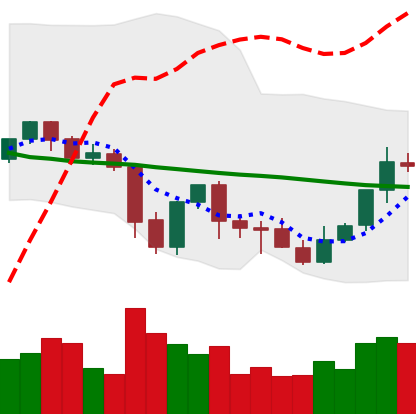
Ticker: XLM-USD
Chart end date: 2021-10-03
Forward return: 6.574%
Label: up_5_7